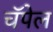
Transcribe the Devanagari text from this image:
चॅपेल